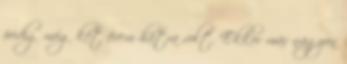
pedig még két évem hátra volt. Ekkor már nagyon